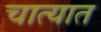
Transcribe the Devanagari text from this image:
चात्यात